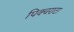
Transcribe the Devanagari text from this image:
पिक्चराटा